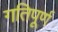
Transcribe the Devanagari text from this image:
गतिपूर्ण